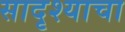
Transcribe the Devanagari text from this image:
सादृश्याचा